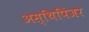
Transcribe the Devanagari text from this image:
अस्थिपिंजर